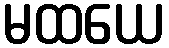
မထယေ